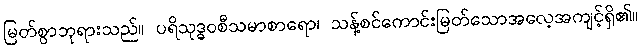
မြတ်စွာဘုရားသည်။ ပရိသုဒ္ဓဝစီသမာစာရော၊ သန့်စင်ကောင်းမြတ်သောအလေ့အကျင့်ရှိ၏။